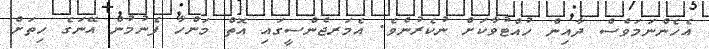
އެހެންނަމަވެސް ދާއިން ހުއްޓުވާކަށް ނުކެރުނެވެ. އެމަރޖެންސީގައި އޮތް މަންހާ ފެނުމުން އޭނަގެ ހިތަށް